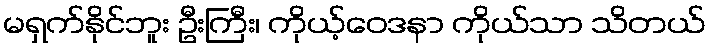
မရှက်နိုင်ဘူး ဦးကြီး၊ ကိုယ့်ဝေဒနာ ကိုယ်သာ သိတယ်